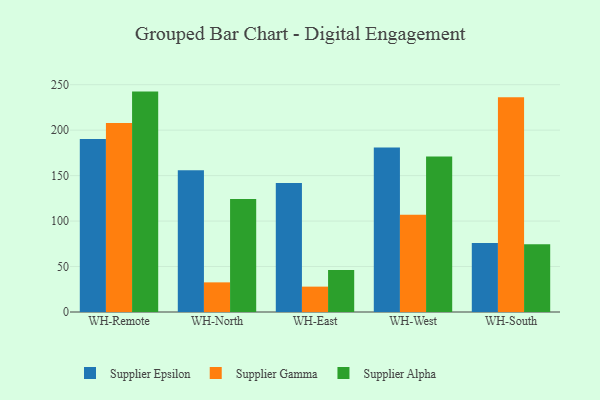
{"axis": {"x": "Warehouse", "y": "Page Views"}, "legend": ["Supplier Alpha", "Supplier Epsilon", "Supplier Gamma"], "data": [{"x": "WH-Remote", "y": 190.2, "type": "Supplier Epsilon"}, {"x": "WH-Remote", "y": 207.9, "type": "Supplier Gamma"}, {"x": "WH-Remote", "y": 242.4, "type": "Supplier Alpha"}, {"x": "WH-North", "y": 155.8, "type": "Supplier Epsilon"}, {"x": "WH-North", "y": 32.6, "type": "Supplier Gamma"}, {"x": "WH-North", "y": 124.3, "type": "Supplier Alpha"}, {"x": "WH-East", "y": 141.9, "type": "Supplier Epsilon"}, {"x": "WH-East", "y": 27.9, "type": "Supplier Gamma"}, {"x": "WH-East", "y": 46.2, "type": "Supplier Alpha"}, {"x": "WH-West", "y": 180.9, "type": "Supplier Epsilon"}, {"x": "WH-West", "y": 107.0, "type": "Supplier Gamma"}, {"x": "WH-West", "y": 171.1, "type": "Supplier Alpha"}, {"x": "WH-South", "y": 75.8, "type": "Supplier Epsilon"}, {"x": "WH-South", "y": 236.2, "type": "Supplier Gamma"}, {"x": "WH-South", "y": 74.4, "type": "Supplier Alpha"}]}